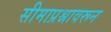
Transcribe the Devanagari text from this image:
सीमाप्रश्नावरून